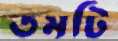
তমটি